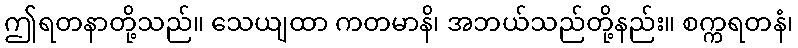
ဤရတနာတို့သည်။ သေယျထာ ကတမာနိ၊ အဘယ်သည်တို့နည်း။ စက္ကရတနံ၊